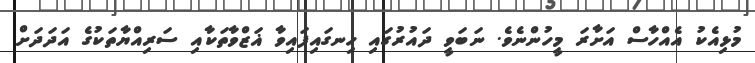
މުޅިއެކު އެއްހާސް އަށާރަ މީހުންނެވެ. ނަބަވީ ދައުރުގައި ހިނގައިފައިވާ ޣަޒްވާތަކާއި ސަރިއްޔާތަކުގެ އަދަދަށް